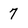
Character: 7